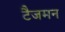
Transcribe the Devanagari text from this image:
टैजमन